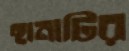
ছানাটির